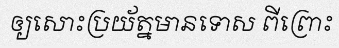
ឲ្យសោះប្រយ័ត្នមានទោស ពីព្រោះ